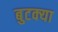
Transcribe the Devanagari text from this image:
बुटक्‍या